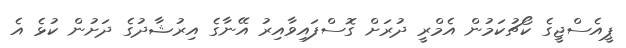
ޕީއެސްޖީގެ ކޯޗުކަމުން އެމްރީ ދުރަށް ގޮސްފައިވާއިރު އޭނާގެ އިރުޝާދުގެ ދަށުން ކުޅެ އެ